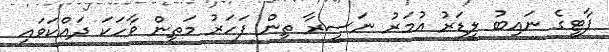
ޕާޓީގެ ނައިބު ލީޑަރު އުމަރު ނަސީރާ ތިން ފަހަރު މަތިން ވާހަކަ ދައްކަވައި